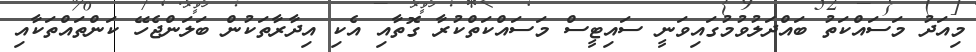
މިއަދު މަސައްކަތު ބައްދަލުވުމުގައިވަނީ ސައިޓީސް މަސައްކަތްކުރާ ގޮތާއި އެކި އިދާރާތަކުން ބަލަންޖެހޭ ކަންތައްތަކާއި